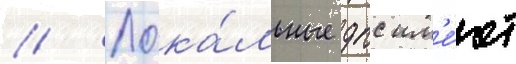
// Лока́льные дпс им'е́ют